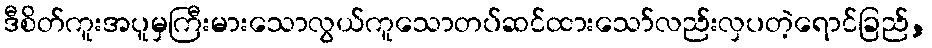
ဒီစိတ်ကူးအပူမှကြီးမားသောလွယ်ကူသောတပ်ဆင်ထားသော်လည်းလှပတဲ့ရောင်ခြည်,